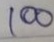
100